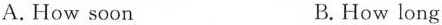
A. How soon B. How long